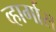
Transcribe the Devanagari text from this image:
व्हार्गास